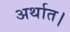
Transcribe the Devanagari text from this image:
अर्थात।